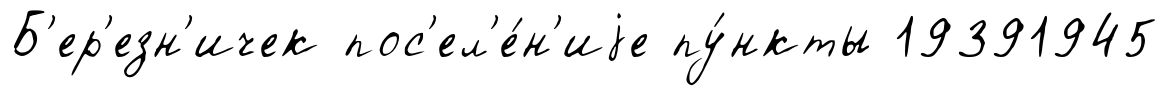
Б'ер'езн'ичек пос'ел'е́н'иjе пу́нкты 19391945